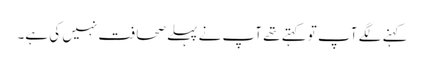
کہنے لگے آپ تو کہتے تھے آپ نے پہلے صحافت نہیں کی ہے۔